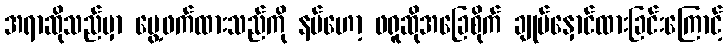
အရာဆိုသည်မှာ ပွေ့ဖက်ထားသည်ကို နမ်ဟော့ ဖရူဆိုအခြေစိုက် ချုပ်နှောင်ထားခြင်းကြောင့်